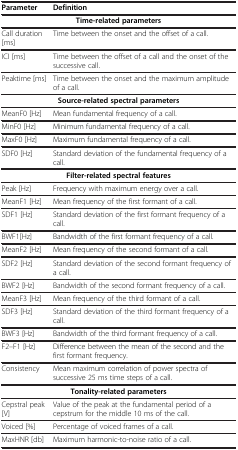
| Parameter | Definition |
 | --- | --- |
 | <COLSPAN=2> Time-related parameters |
 | Call duration [ms] | Time between the onset and the offset of a call. |
 | ICI [ms] | Time between the offset of a call and the onset of the successive call. |
 | Peaktime [ms] | Time between the onset and the maximum amplitude of a call. |
 | <COLSPAN=2> Source-related spectral parameters |
 | MeanF0 [Hz] | Mean fundamental frequency of a call. |
 | MinF0 [Hz] | Minimum fundamental frequency of a call. |
 | MaxF0 [Hz] | Maximum fundamental frequency of a call. |
 | SDF0 [Hz] | Standard deviation of the fundamental frequency of a call. |
 | <COLSPAN=2> Filter-related spectral features |
 | Peak [Hz] | Frequency with maximum energy over a call. |
 | MeanF1 [Hz] | Mean frequency of the first formant of a call. |
 | SDF1 [Hz] | Standard deviation of the first formant frequency of a call. |
 | BWF1[Hz] | Bandwidth of the first formant frequency of a call. |
 | MeanF2 [Hz] | Mean frequency of the second formant of a call. |
 | SDF2 [Hz] | Standard deviation of the second formant frequency of a call. |
 | BWF2 [Hz] | Bandwidth of the second formant frequency of a call. |
 | MeanF3 [Hz] | Mean frequency of the third formant of a call. |
 | SDF3 [Hz] | Standard deviation of the third formant frequency of a call. |
 | BWF3 [Hz] | Bandwidth of the third formant frequency of a call. |
 | F2–F1 [Hz] | Difference between the mean of the second and the first formant frequency. |
 | Consistency | Mean maximum correlation of power spectra of successive 25 ms time steps of a call. |
 | <COLSPAN=2> Tonality-related parameters |
 | Cepstral peak [V] | Value of the peak at the fundamental period of a cepstrum for the middle 10 ms of the call. |
 | Voiced [%] | Percentage of voiced frames of a call. |
 | MaxHNR [db] | Maximum harmonic-to-noise ratio of a call. |